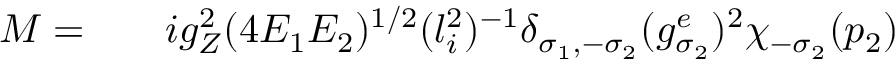
\begin{array} { r l r } { { \cal M } = } & { { } } & { i g _ { Z } ^ { 2 } ( 4 E _ { 1 } E _ { 2 } ) ^ { 1 / 2 } ( l _ { i } ^ { 2 } ) ^ { - 1 } \delta _ { \sigma _ { 1 } , - \sigma _ { 2 } } ( g _ { \sigma _ { 2 } } ^ { e } ) ^ { 2 } \chi _ { - \sigma _ { 2 } } ( p _ { 2 } ) } \end{array}